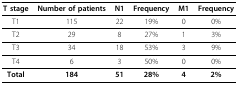
<table><thead><tr><td><b>T stage</b></td><td><b>Number of patients</b></td><td><b>N1</b></td><td><b>Frequency</b></td><td><b>M1</b></td><td><b>Frequency</b></td></tr></thead><tbody><tr><td>T1</td><td>115</td><td>22</td><td>19%</td><td>0</td><td>0%</td></tr><tr><td>T2</td><td>29</td><td>8</td><td>27%</td><td>1</td><td>3%</td></tr><tr><td>T3</td><td>34</td><td>18</td><td>53%</td><td>3</td><td>9%</td></tr><tr><td>T4</td><td>6</td><td>3</td><td>50%</td><td>0</td><td>0%</td></tr><tr><td><b>Total</b></td><td><b>184</b></td><td><b>51</b></td><td><b>28%</b></td><td><b>4</b></td><td><b>2%</b></td></tr></tbody></table>